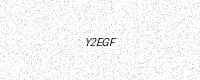
Text: Y2EGF